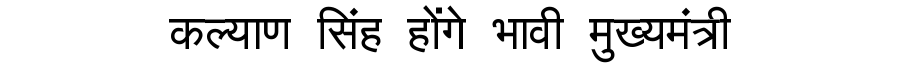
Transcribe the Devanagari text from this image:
कल्याण सिंह होंगे भावी मुख्यमंत्री